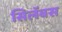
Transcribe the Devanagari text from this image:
सिलॅबस